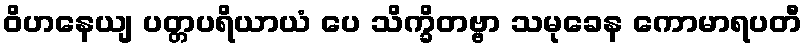
ဝိဟနေယျ ပတ္တပရိယာယံ ပေ သိက္ခိတဗ္ဗာ သမုခေန ကောမာရပတီ